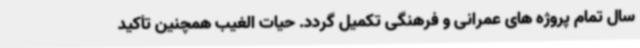
سال تمام پروژه های عمرانی و فرهنگی تکمیل گردد. حیات الغیب همچنین تأکید